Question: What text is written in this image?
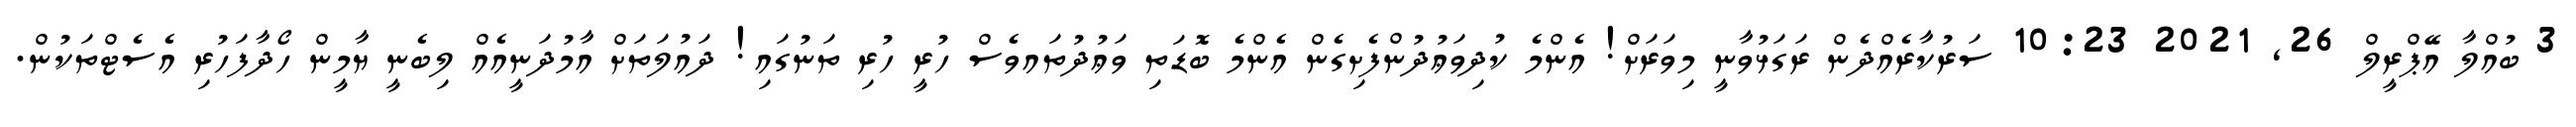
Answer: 3 ބުއްލާ އޭޕްރީލް 26, 2021 10:23 ސަރުކާރެއްދެން ރަގަޅުވާނީ މިވަރަށް! އެންމެ ކުދިވަޢުދުންފެށިގެން އެންމެ ބޮޑަތި ވަޢުދުތައވެސް ހުރީ ހުރި ތަނުގައި! ދައުލަތަށް އާމުދަނީއެއް ލިބެނީ ޔާމީން ހޯދާފަހުރި އެސެޓްތަކުން.